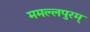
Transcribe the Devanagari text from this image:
ममल्लपुरम्